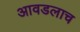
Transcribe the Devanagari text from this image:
आवडलाच